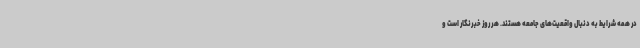
در همه شرایط به دنبال واقعیت‌های جامعه هستند. هر روز خبرنگار است و